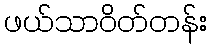
ဖယ်သာဝိတ်တန်း